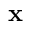
\textbf { x }